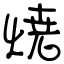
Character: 焼